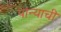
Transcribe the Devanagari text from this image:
पान्याची